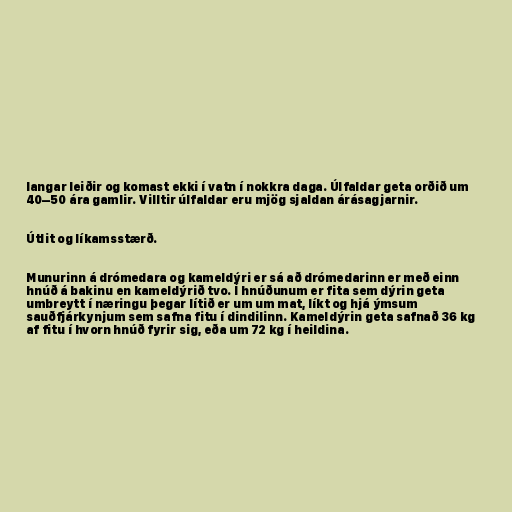
langar leiðir og komast ekki í vatn í nokkra daga. Úlfaldar geta orðið um
40–50 ára gamlir. Villtir úlfaldar eru mjög sjaldan árásagjarnir.

Útlit og líkamsstærð.

Munurinn á drómedara og kameldýri er sá að drómedarinn er með einn
hnúð á bakinu en kameldýrið tvo. Í hnúðunum er fita sem dýrin geta
umbreytt í næringu þegar lítið er um um mat, líkt og hjá ýmsum
sauðfjárkynjum sem safna fitu í dindilinn. Kameldýrin geta safnað 36 kg
af fitu í hvorn hnúð fyrir sig, eða um 72 kg í heildina.